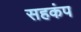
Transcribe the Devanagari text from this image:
सहकंप